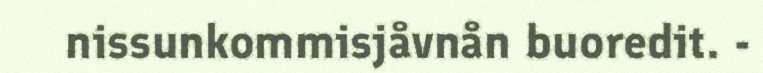
nissunkommisjåvnån buoredit. -